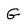
Character: G